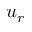
u _ { r }